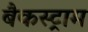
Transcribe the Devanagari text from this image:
बैकस्ट्राम